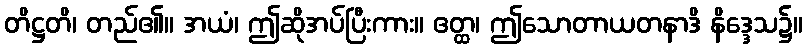
တိဋ္ဌတိ၊ တည်၏။ အယံ၊ ဤဆိုအပ်ပြီးကား။ ဧတ္ထ၊ ဤသောတာယတနာဒိ နိဒ္ဒေသ၌။